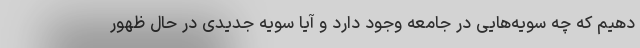
دهیم که چه سویه‌هایی در جامعه وجود دارد و آیا سویه جدیدی در حال ظهور